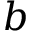
b